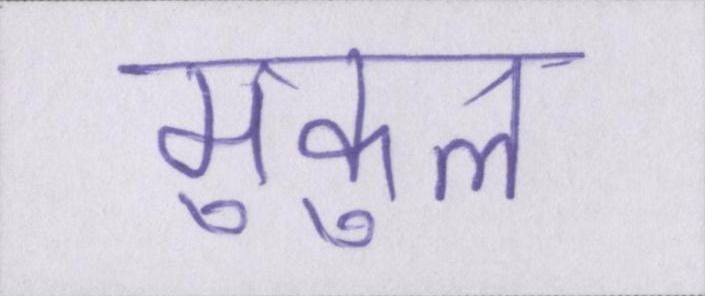
मुकुल